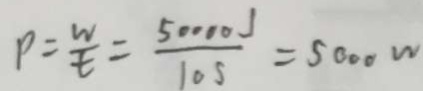
P = \frac { w } { t } = \frac { 5 0 0 0 J } { 1 0 s } = 5 0 0 0 w